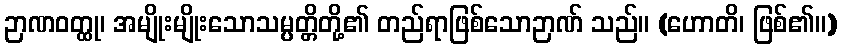
ဉာဏဝတ္ထု၊ အမျိုးမျိုးသောသမ္ပတ္တိတို့၏ တည်ရာဖြစ်သောဉာဏ် သည်။ (ဟောတိ၊ ဖြစ်၏။)